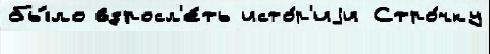
бы́ло взросл'е́ть исто́р'иjи Стро́чку